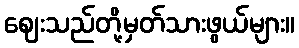
ဈေးသည်တို့မှတ်သားဖွယ်များ။